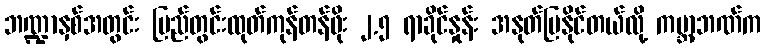
ဘဏ္ဍာနှစ်အတွင်း ပြည်တွင်းထုတ်ကုန်တန်ဖိုး ၂.၅ ရာခိုင်နှုန်း အနုတ်ပြနိုင်တယ်လို့ ကမ္ဘာ့ဘဏ်က